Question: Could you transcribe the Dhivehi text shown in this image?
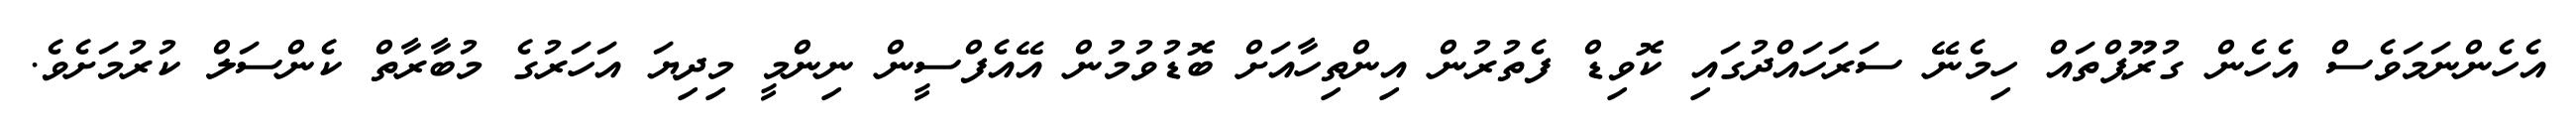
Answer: އެހެންނަމަވެސް އެހެން ގުރޫޕްތައް ހިމެނޭ ސަރަހައްދުގައި ކޮވިޑް ފެތުރުން އިންތިހާއަށް ބޮޑުވުމުން އޭއެފްސީން ނިންމީ މިދިޔަ އަހަރުގެ މުބާރާތް ކެންސަލް ކުރުމަށެވެ.